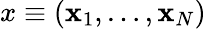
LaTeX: x\equiv({\mathbf x}_{1},\ldots,{\mathbf x}_{N})